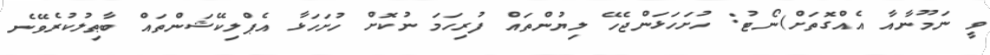
ވީ ނަމޫނާއާ އެއްގޮތަށް)ނޯޓު: ހުށަހަޅަންޖެހޭ ލިޔުންތައް ފުރިހަމަ ނުކޮށް ހުށަހަޅާ އެޕްލިކޭޝަންތައް ބާޠިލުކުރެވޭނެ